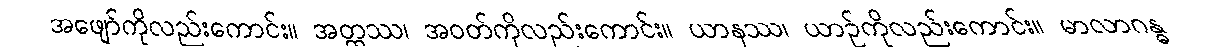
အဖျော်ကိုလည်းကောင်း။ အတ္ထဿ၊ အဝတ်ကိုလည်းကောင်း။ ယာနဿ၊ ယာဉ်ကိုလည်းကောင်း။ မာလာဂန္ဓ